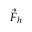
{ \vec { F } } _ { h }